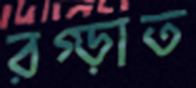
রগ্‌ড়াত